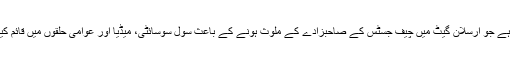
یہی وہ سوال ہے جو ارسلان گیٹ میں چیف جسٹس کے صاحبزادے کے ملوث ہونے کے باعث سول سوسائٹی، میڈیا اور عوامی حلقوں میں قائم کیا جا رہا ہے۔